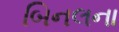
બિનલના